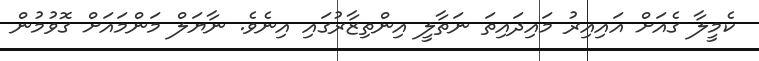
ކެމީލާ ގެއަށް އައިއިރު މައިދައިތަ ނަތާލީ އިންތިޒާރުގައި އިނެވެ. ނާޔަލް މަންމައަށް ގޮވުމުން